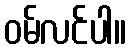
ဝမ်လင်ပါ။